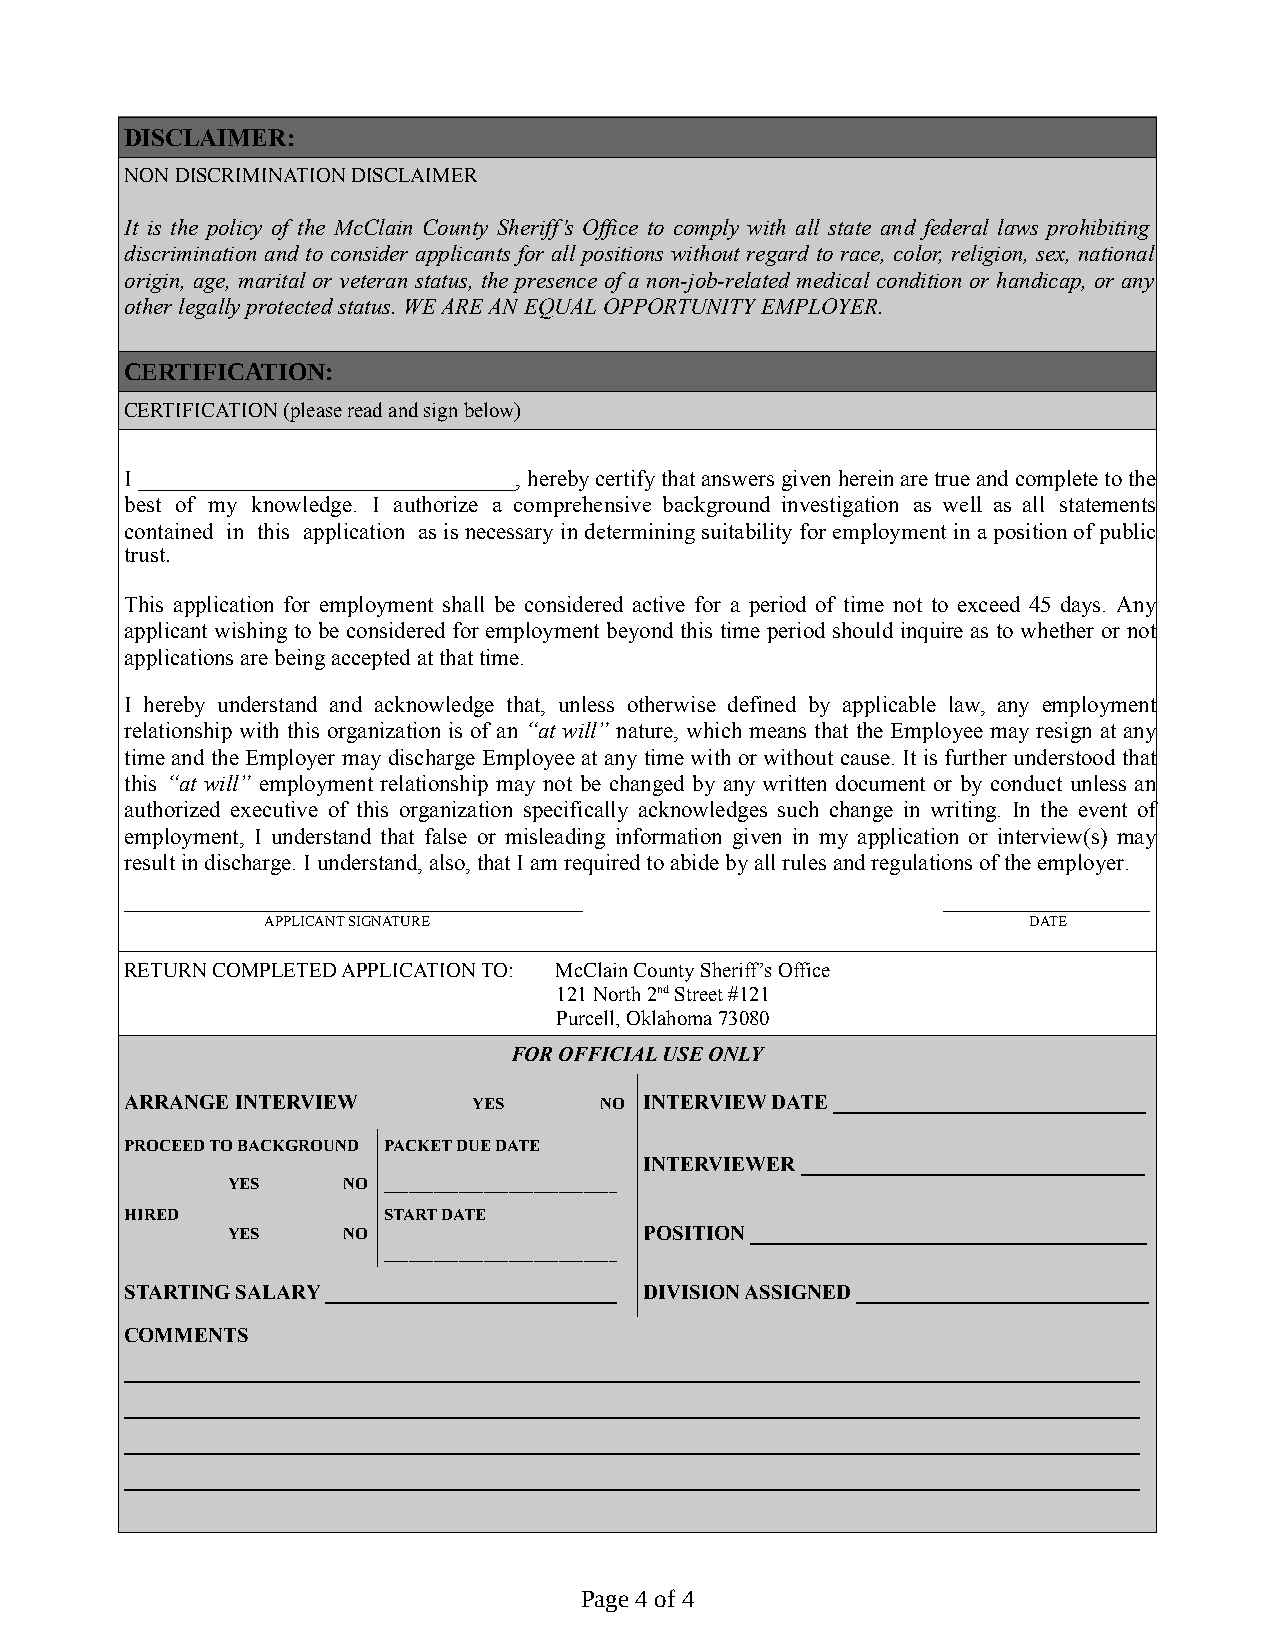
DISCLAIMER:
 NON DISCRIMINATION DISCLAIMER
 It is the policy of the McClain County Sheriff’s Office to comply with all state and federal laws prohibiting
 discrimination and to consider applicants for all positions without regard to race, color, religion, sex, national
 origin, age, marital or veteran status, the presence of a non-job-related medical condition or handicap, or any
 other legally protected status. WE ARE AN EQUAL OPPORTUNITY EMPLOYER.
 CERTIFICATION:
 CERTIFICATION (please read and sign below)
 I _________________________________, hereby certify that answers given herein are true and complete to the
 best of my knowledge. I authorize a comprehensive background investigation as well as all statements
 contained in this application as is necessary in determining suitability for employment in a position of public
 trust.
 This application for employment shall be considered active for a period of time not to exceed 45 days. Any
 applicant wishing to be considered for employment beyond this time period should inquire as to whether or not
 applications are being accepted at that time.
 I hereby understand and acknowledge that, unless otherwise defined by applicable law, any employment
 relationship with this organization is of an “at will” nature, which means that the Employee may resign at any
 time and the Employer may discharge Employee at any time with or without cause. It is further understood that
 this “at will” employment relationship may not be changed by any written document or by conduct unless an
 authorized executive of this organization specifically acknowledges such change in writing. In the event of
 employment, I understand that false or misleading information given in my application or interview(s) may
 result in discharge. I understand, also, that I am required to abide by all rules and regulations of the employer.
 ________________________________________              __________________
 APPLICANT SIGNATURE                               DATE
 RETURN COMPLETED APPLICATION TO: McClain County Sheriff’s Office
 121 North 2nd Street #121
 Purcell, Oklahoma 73080
 FOR OFFICIAL USE ONLY
 ARRANGE INTERVIEW      YES      NO INTERVIEW DATE ______________________________
 PROCEED TO BACKGROUND PACKET DUE DATE
 INTERVIEWER _________________________________
 YES     NO ____________________________
 HIRED            START DATE
 YES     NO                  POSITION ______________________________________
 ____________________________
 STARTING SALARY ____________________________ DIVISION ASSIGNED ____________________________
 COMMENTS
 _________________________________________________________________
 _________________________________________________________________
 _________________________________________________________________
 _________________________________________________________________
 Page 4 of 4